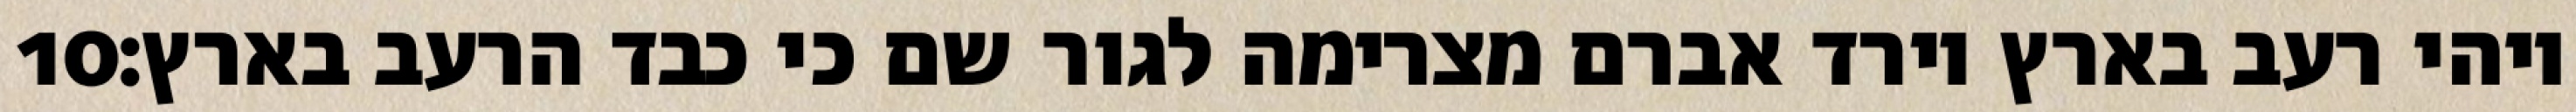
‎10‏ ויהי רעב בארץ וירד אברם מצרימה לגור שם כי כבד הרעב בארץ׃